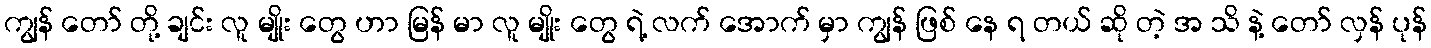
ကျွန် တော် တို့ ချင်း လူ မျိုး တွေ ဟာ မြန် မာ လူ မျိုး တွေ ရဲ့ လက် အောက် မှာ ကျွန် ဖြစ် နေ ရ တယ် ဆို တဲ့ အ သိ နဲ့ တော် လှန် ပုန်